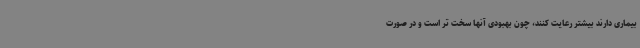
بیماری دارند بیشتر رعایت کنند، چون بهبودی آنها سخت تر است و در صورت